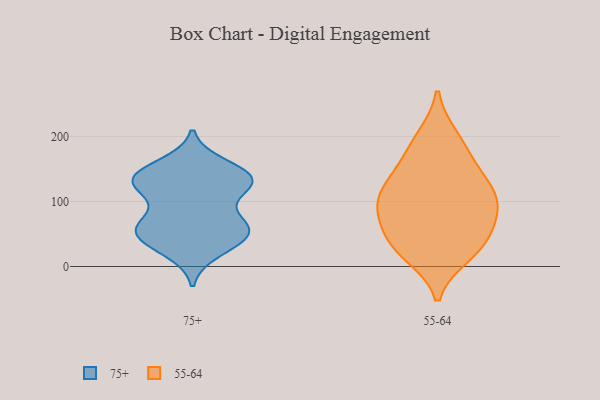
{"axis": {"x": "Active Users", "y": "Value"}, "legend": ["55-64", "75+"], "data": [{"x": "", "y": 39, "type": "75+"}, {"x": "", "y": 139, "type": "75+"}, {"x": "", "y": 133, "type": "75+"}, {"x": "", "y": 66, "type": "75+"}, {"x": "", "y": 64, "type": "75+"}, {"x": "", "y": 59, "type": "75+"}, {"x": "", "y": 133, "type": "75+"}, {"x": "", "y": 53, "type": "75+"}, {"x": "", "y": 43, "type": "75+"}, {"x": "", "y": 155, "type": "75+"}, {"x": "", "y": 131, "type": "75+"}, {"x": "", "y": 24, "type": "75+"}, {"x": "", "y": 139, "type": "75+"}, {"x": "", "y": 63, "type": "75+"}, {"x": "", "y": 122, "type": "75+"}, {"x": "", "y": 121, "type": "75+"}, {"x": "", "y": 19, "type": "55-64"}, {"x": "", "y": 105, "type": "55-64"}, {"x": "", "y": 126, "type": "55-64"}, {"x": "", "y": 198, "type": "55-64"}, {"x": "", "y": 152, "type": "55-64"}, {"x": "", "y": 32, "type": "55-64"}, {"x": "", "y": 79, "type": "55-64"}, {"x": "", "y": 132, "type": "55-64"}, {"x": "", "y": 186, "type": "55-64"}, {"x": "", "y": 97, "type": "55-64"}, {"x": "", "y": 74, "type": "55-64"}, {"x": "", "y": 32, "type": "55-64"}, {"x": "", "y": 38, "type": "55-64"}, {"x": "", "y": 95, "type": "55-64"}]}